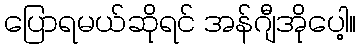
ပြောရမယ်ဆိုရင် အန်ဂျီအိုပေါ့။